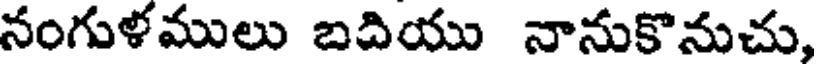
నంగుళములు బదియు నానుకొనుచు,